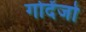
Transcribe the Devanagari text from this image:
गोदेंजो